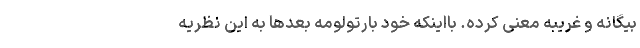
بیگانه و غریبه معنی کرده. بااینکه خود بارتولومه بعدها به این نظریه